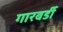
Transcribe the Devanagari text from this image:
गारबर्डी